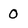
Character: 0